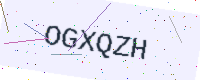
Text: OGXQZH